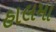
હાલમા